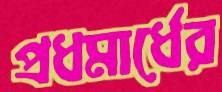
প্রধমার্ধের